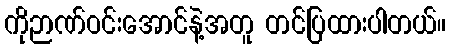
ကိုဉာဏ်ဝင်းအောင်နဲ့အတူ တင်ပြထားပါတယ်။